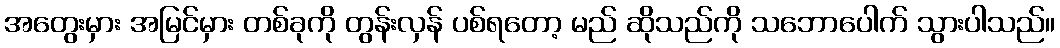
အတွေးမှား အမြင်မှား တစ်ခုကို တွန်းလှန် ပစ်ရတော့ မည် ဆိုသည်ကို သဘောပေါက် သွားပါသည်။